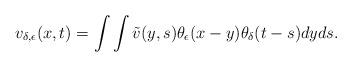
LaTeX: \begin{align*}v_{\delta,\epsilon}(x,t)=\int \int \tilde{v}(y,s) \theta_{\epsilon}(x-y) \theta_{\delta}(t-s)dy ds.\end{align*}